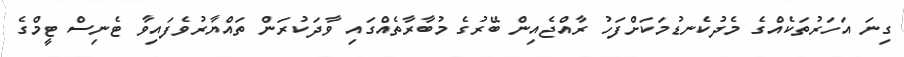
ގިނަ އަހަރުތަކެއްގެ މެދުކެނޑުމަކަށްފަހު ރާއްޖެއިން ބޭރުގެ މުބާރާތެއްގައި ވާދަކުރަން ތައްޔާރުވެފައިވާ ޓެނިސް ޓީމްގެ